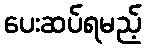
ပေးဆပ်ရမည့်